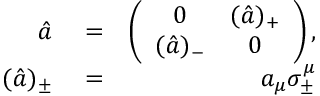
\begin{array} { r l r } { \hat { a } } & { { } = } & { \left( \begin{array} { c c } { 0 } & { ( \hat { a } ) _ { + } } \\ { ( \hat { a } ) _ { - } } & { 0 } \end{array} \right) , } \\ { ( \hat { a } ) _ { \pm } } & { { } = } & { a _ { \mu } \sigma _ { \pm } ^ { \mu } } \end{array}